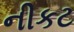
નીકટ